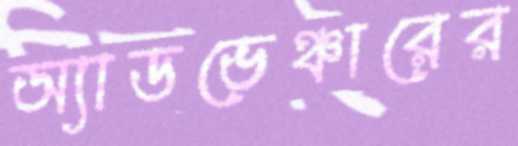
অ্যাডভেঞ্চারের